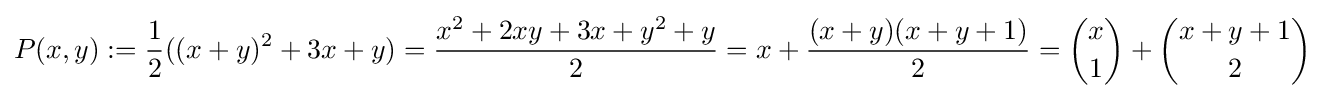
P(x,y):={\frac {1}{2}}((x+y)^{2}+3x+y)={\frac {x^{2}+2xy+3x+y^{2}+y}{2}}=x+{\frac {(x+y)(x+y+1)}{2}}={\binom {x}{1}}+{\binom {x+y+1}{2}}